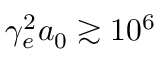
\gamma _ { e } ^ { 2 } a _ { 0 } \gtrsim 1 0 ^ { 6 }